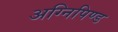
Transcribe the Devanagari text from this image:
अग्निपिण्ड